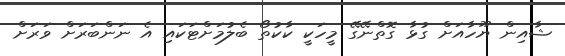
ޝާއިން ޔޫހާއަށް ގުޅާ ގޮތްނޭގޭ މީހަކީ ކާކުތޯ ބެލުމަށްޓަކައި އެ ނަންބަރަށް ވަރަށް